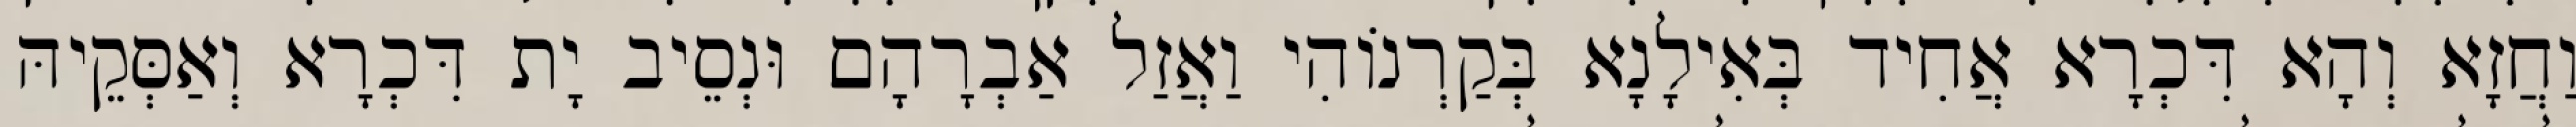
וַחֲזָא וְהָא דִּכְרָא אֲחִיד בְּאִילָנָא בְּקַרְנוֹהִי וַאֲזַל אַבְרָהָם וּנְסֵיב יָת דִּכְרָא וְאַסְּקֵיהּ